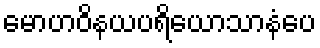
မောဟဝိနယပရိယောသာနံပေ